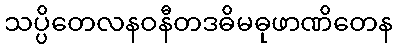
သပ္ပိတေလနဝနီတဒဓိမဓုဖာဏိတေန